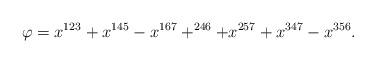
LaTeX: \begin{align*} \varphi = x^{123}+x^{145} -x^{167} + ^{246}+x^{257} +x^{347} - x^{356}. \end{align*}